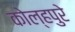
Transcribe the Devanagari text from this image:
कोल्हपुरे